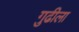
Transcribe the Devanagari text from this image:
गुढीला